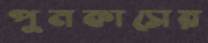
পুনকাসের